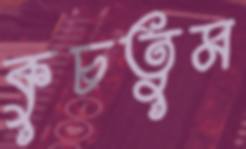
কুচতুম